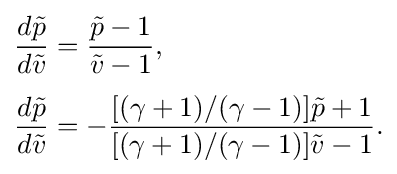
{\begin{aligned}{\frac {d{\tilde {p}}}{d{\tilde {v}}}}&={\frac {{\tilde {p}}-1}{{\tilde {v}}-1}},\\[3pt]{\frac {d{\tilde {p}}}{d{\tilde {v}}}}&=-{\frac {[(\gamma +1)/(\gamma -1)]{\tilde {p}}+1}{[(\gamma +1)/(\gamma -1)]{\tilde {v}}-1}}.\end{aligned}}